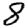
Digit: 8